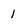
Character: 1